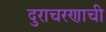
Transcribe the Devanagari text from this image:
दुराचरणाची